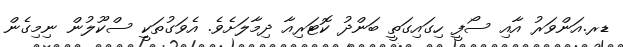
ޑރ.އަންވަރު އާއި ސޯފީ ހިގައިގަތީ ބަންދު ކޮޓަރިއާ ދިމާލަށެވެ. އެވަގުތަކީ ސްކޫލުން ނިމިގެން